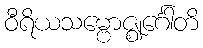
ဝီရိယသမ္ဗောဇ္ဈင်္ဂေါတိ